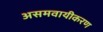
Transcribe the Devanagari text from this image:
असमवायीकरण